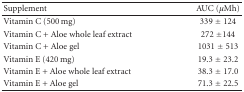
<table><thead><tr><td><b>Supplement</b></td><td><b>AUC (<i>μ</i>Mh)</b></td></tr></thead><tbody><tr><td>Vitamin C (500 mg)</td><td>339 ± 124</td></tr><tr><td>Vitamin C + Aloe whole leaf extract</td><td>272 ±144</td></tr><tr><td>Vitamin C + Aloe gel</td><td>1031 ± 513</td></tr><tr><td>Vitamin E (420 mg)</td><td>19.3 ± 23.2</td></tr><tr><td>Vitamin E + Aloe whole leaf extract</td><td>38.3 ± 17.0</td></tr><tr><td>Vitamin E + Aloe gel</td><td>71.3 ± 22.5</td></tr></tbody></table>